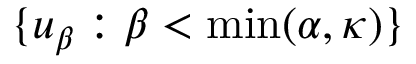
\lbrace u _ { \beta } : \beta < \operatorname* { m i n } ( \alpha , \kappa ) \rbrace